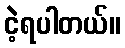
ငဲ့ရပါတယ်။